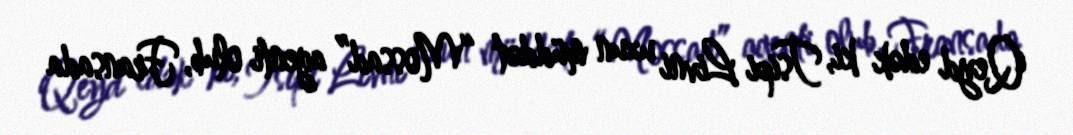
Qeyd edək ki, Tsipi Livni uzun müddət “Mossad” agenti olub, Fransada